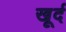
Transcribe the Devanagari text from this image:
खूर्द